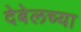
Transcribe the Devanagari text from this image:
देबेलच्या